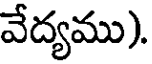
వేద్యము).